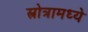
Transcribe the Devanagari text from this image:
स्त्रोत्रामध्ये